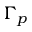
\Gamma _ { p }